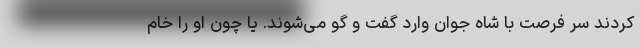
کردند سر فرصت با شاه جوان وارد گفت و گو می‌شوند. یا چون او را خام